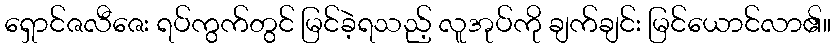
ရှောင်ဇလီဇေး ရပ်ကွက်တွင် မြင်ခဲ့ရသည့် လူအုပ်ကို ချက်ချင်း မြင်ယောင်လာ၏။